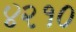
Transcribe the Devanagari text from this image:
४२१०